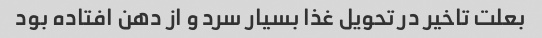
بعلت تاخیر در تحویل غذا بسیار سرد و از دهن افتاده بود